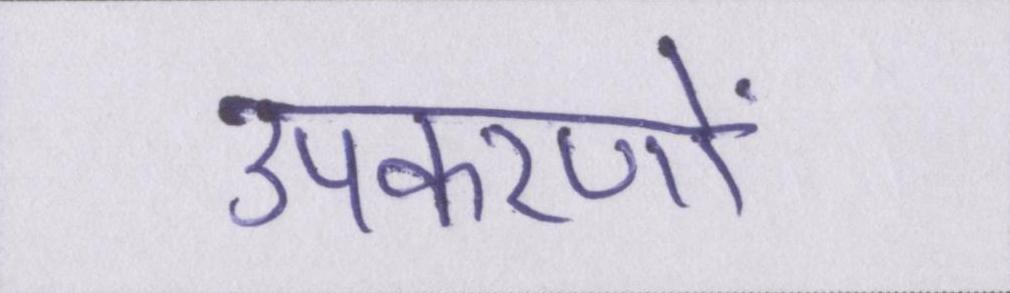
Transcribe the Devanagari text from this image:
उपकरणों